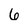
Character: 6